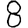
Digit: 8